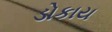
ડોકાય